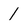
Character: 1